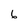
Character: 6